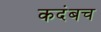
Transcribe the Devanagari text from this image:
कदंबच